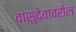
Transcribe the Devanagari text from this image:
वासुदेवावरील